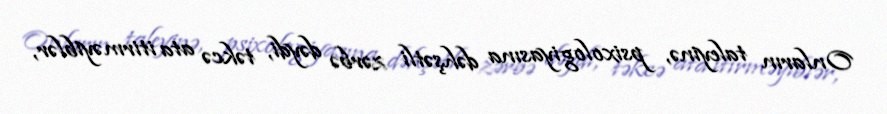
Onların taleyinə, psixologiyasına dəhşətli zərbə dəydi, təkcə ata itirməyiblər,